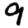
Digit: 9